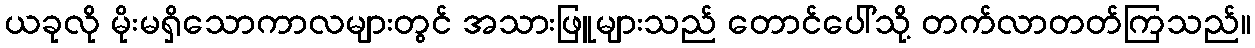
ယခုလို မိုးမရှိသောကာလများတွင် အသားဖြူများသည် တောင်ပေါ်သို့ တက်လာတတ်ကြသည်။